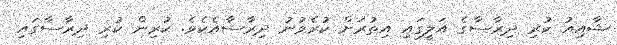
ޝާއިއު ކުރި ދިރާސާގެ އަލީގައި އިތުރަށް ކުރެވުނު ދިރާސާއެކެވެ. ކުރިން ކުރި ދިރާސާގައި